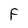
Character: F